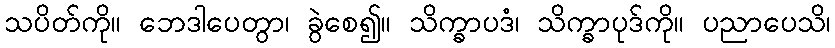
သပိတ်ကို။ ဘေဒါပေတွာ၊ ခွဲစေ၍။ သိက္ခာပဒံ၊ သိက္ခာပုဒ်ကို။ ပညာပေသိ၊